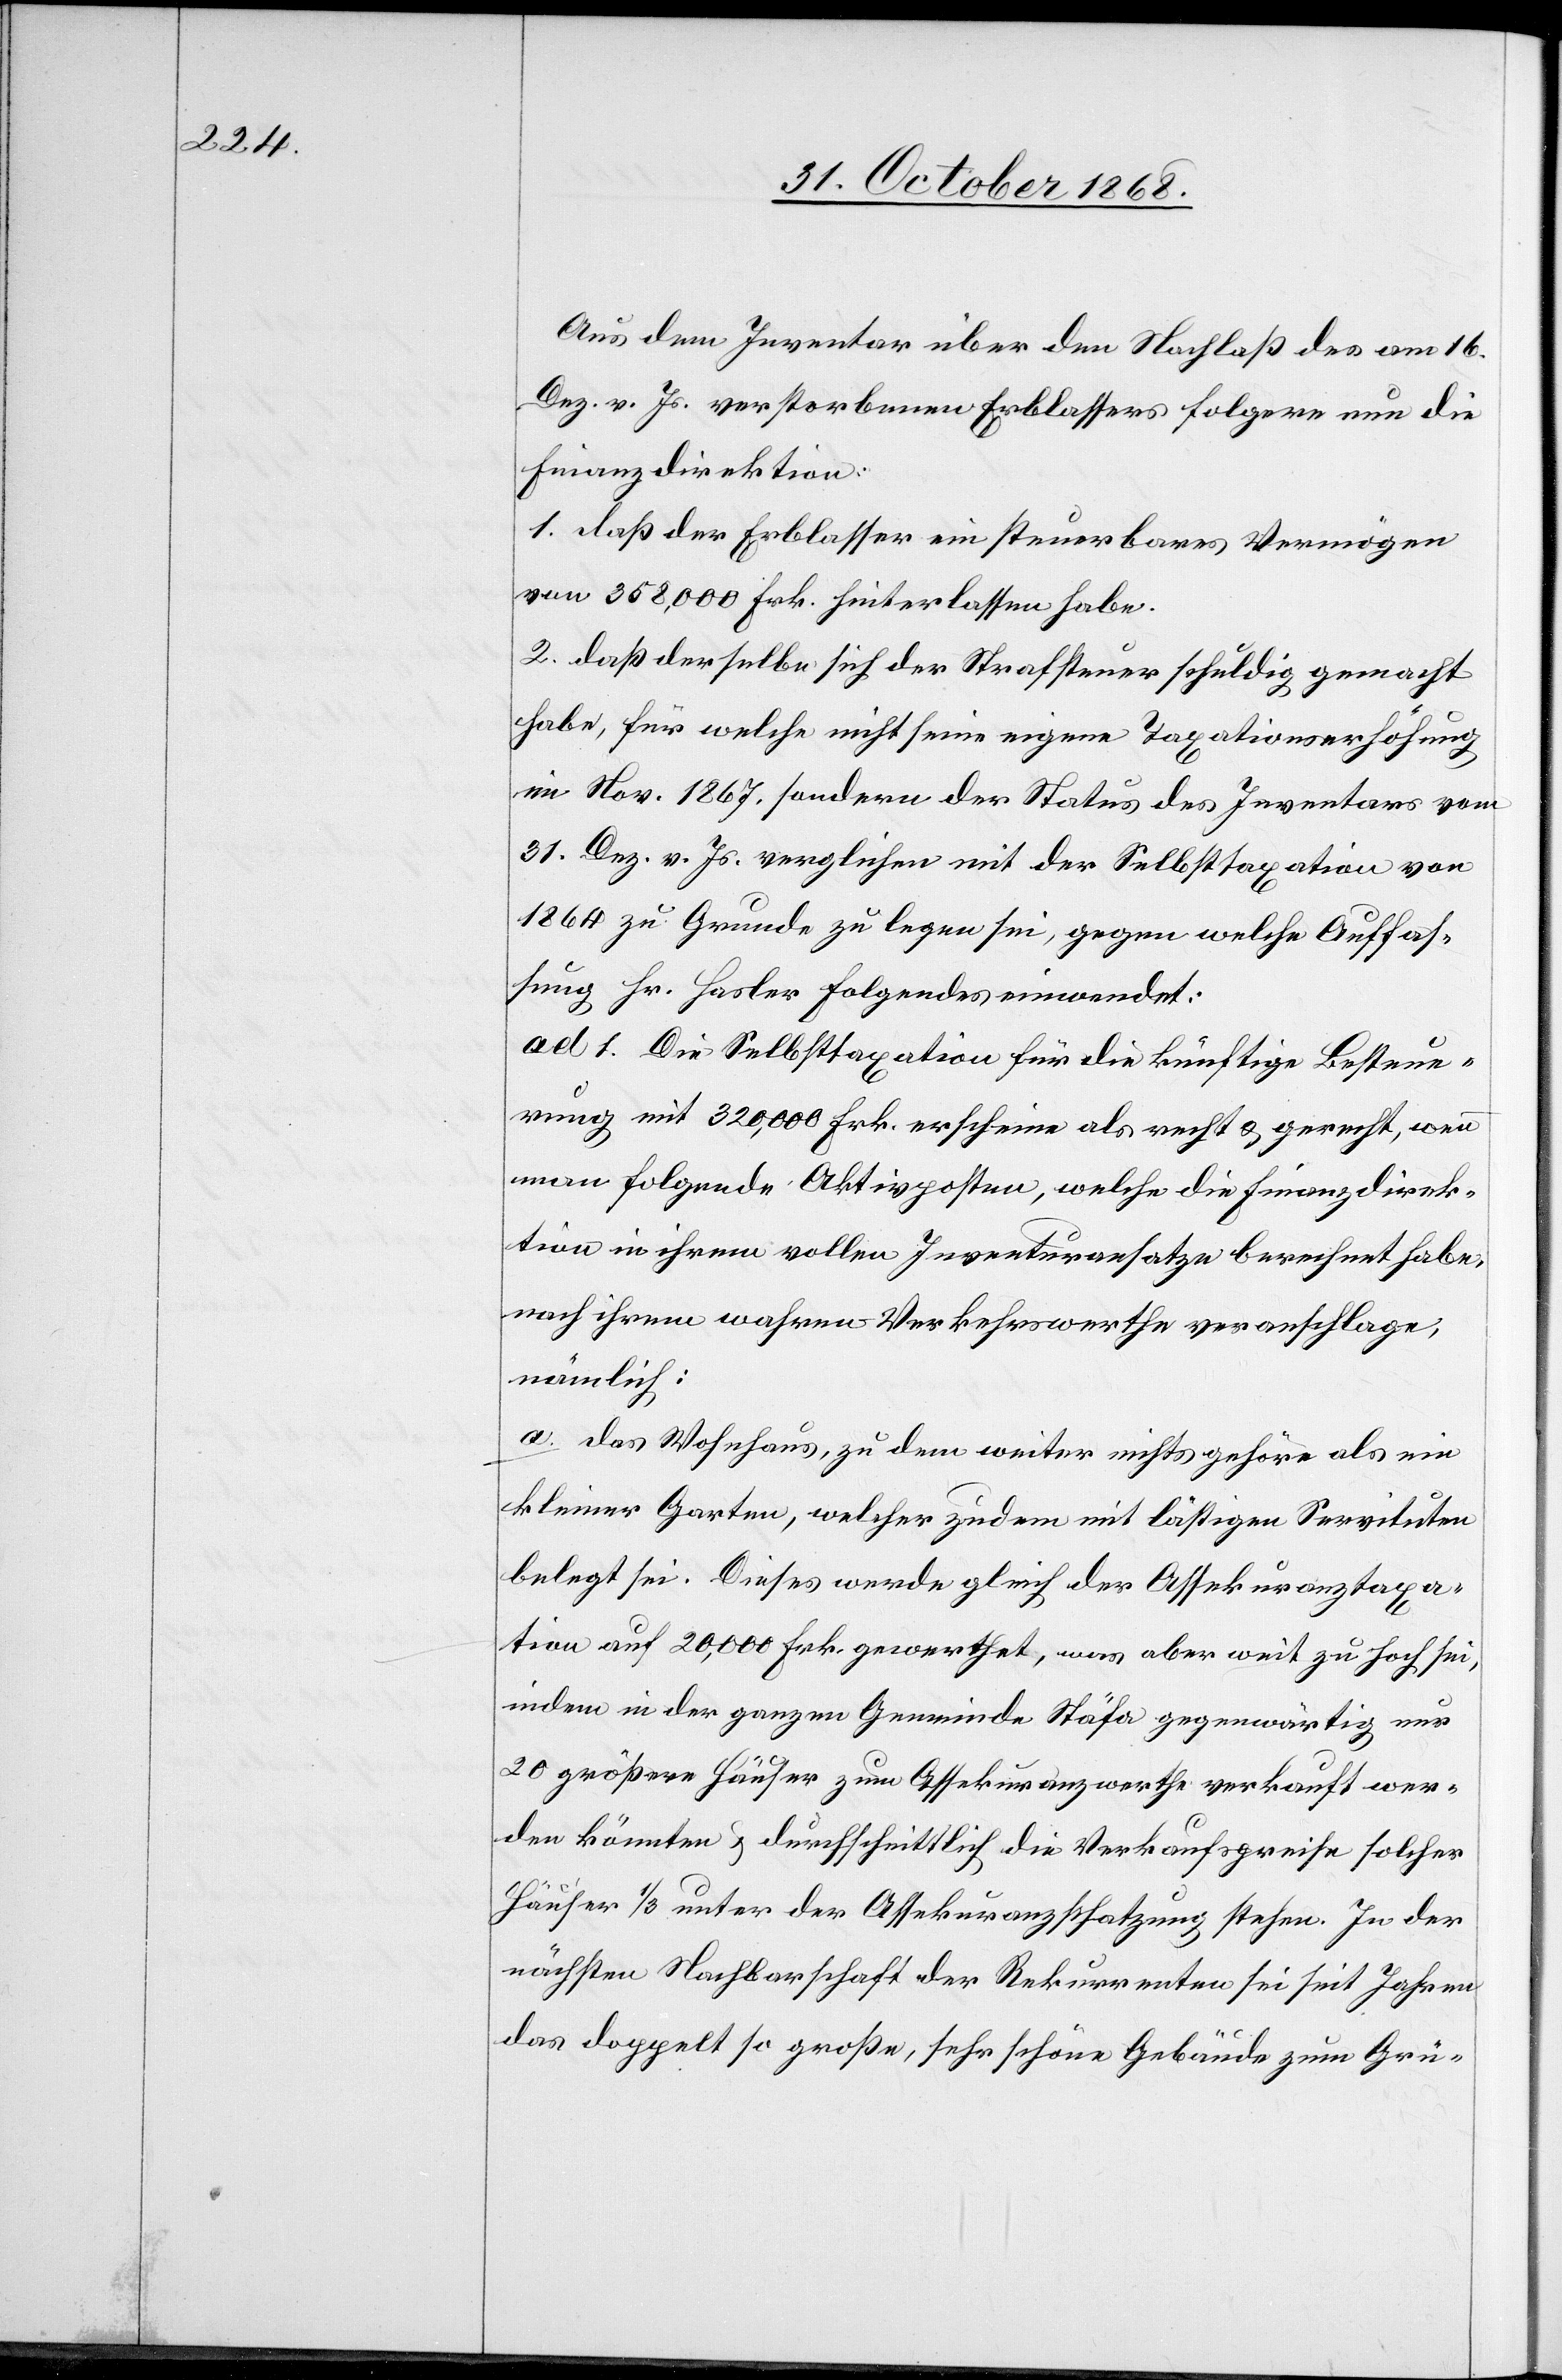
Aus dem Inventar über den Nachlaß des am 16.
Dez. v. Js. verstorbenen Erblassers folgere nun die
Finanzdirektion:
1. daß der Erblasser ein steuerbares Vermögen
von 358,000 Frk. hinterlassen habe.
2. daß derselbe sich der Strafsteuer schuldig gemacht
habe, für welche nicht seine eigene Taxationserhöhung
im Nov. 1867. sondern der Status des Inventars vom
31. Dez. v. Js. verglichen mit der Selbsttaxation von
1864 zu Grunde zu legen sei, gegen welche Auffas¬
sung Hr. Hasler Folgendes einwendet:
ad 1. Die Selbsttaxation für die künftige Besteue¬
rung mit 320,000 Frk. erscheine als recht & gerecht, wenn
man folgende Aktivposten, welche die Finanzdirek¬
tion in ihrem vollen Inventuransatze berechnet habe,
nach ihrem wahren Verkehrswerthe veranschlage;
nämlich:
a. Das Wohnhaus, zu dem weiter nichts gehöre als ein
kleiner Garten, welcher zudem mit lästigen Servituten
belegt sei. Dieses werde gleich der Assekuranztaxa¬
tion auf 20,000 Frk. gewerthet, was aber weit zu hoch sei,
indem in der ganzen Gemeinde Stäfa gegenwärtig nur
20 größere Häuser zum Assekuranzwerthe verkauft wer¬
den könnten & durchschnittlich die Verkaufspreise solcher
Häuser 1/3 unter der Assekuranzschatzung stehen. In der
nächsten Nachbarschaft der Rekurrenten sei seit Jahren
das doppelt so große, sehr schöne Gebäude zum Grü-